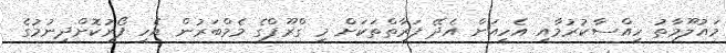
މައުލޫމާތު ހިއްސާކުރުމާއި އެހީއަށް އެދޭ ފަރާތްތަކަށް މި ގްރޫޕްގެ މެމްބަރުން އެހީ ފޯރުކޮށްދިނުމުގެ